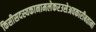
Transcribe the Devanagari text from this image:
किसीसदस्यकानामलेकरउसेअवकारीबताना